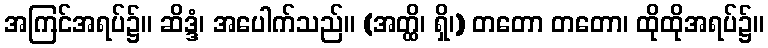
အကြင်အရပ်၌။ ဆိဒ္ဒံ၊ အပေါက်သည်။ (အတ္ထိ၊ ရှိ၊) တတော တတော၊ ထိုထိုအရပ်၌။